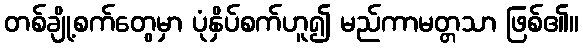
တစ်ချို့စက်တွေမှာ ပုံနှိပ်စက်ဟူ၍ မည်ကာမတ္တသာ ဖြစ်၏။